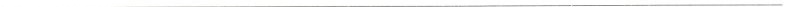
___